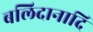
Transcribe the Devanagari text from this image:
बलिदानादि